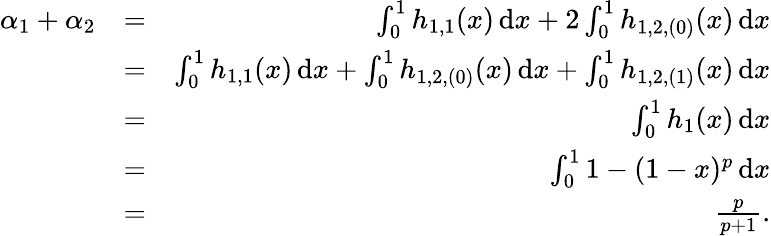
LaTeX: \begin{array}{rlr}{\alpha_{1}+\alpha_{2}}&{=}&{\int_{0}^{1}h_{1,1}(x)\, \mathrm{d}x+2\int_{0}^{1}h_{1,2,(0)}(x)\, \mathrm{d}x}\\ &{=}&{\int_{0}^{1}h_{1,1}(x)\, \mathrm{d}x+\int_{0}^{1}h_{1,2,(0)}(x)\, \mathrm{d}x+\int_{0}^{1}h_{1,2,(1)}(x)\, \mathrm{d}x}\\ &{=}&{\int_{0}^{1}h_{1}(x)\, \mathrm{d}x}\\ &{=}&{\int_{0}^{1}1-(1-x)^{p}\, \mathrm{d}x}\\ &{=}&{\frac{p}{p+1}.}\end{array}